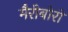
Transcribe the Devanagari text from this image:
मैरीबोरो